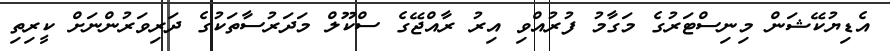
އެޑިޔުކޭޝަން މިނިސްޓަރުގެ މަގާމު ފުރުއްވި އިރު ރާއްޖޭގެ ސްކޫލް މަދަރުސާތަކުގެ ދަރިވަރުންނަށް ކީރިތި